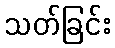
သတ်ခြင်း